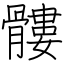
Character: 髏